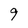
Character: 9